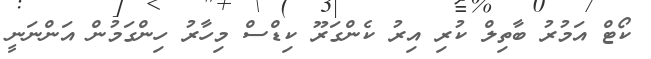
ކޯޓް އަމުރު ބާތިލް ކުރި އިރު ކެންގަރޫ ކިޑްސް މިހާރު ހިންގަމުން އަންނަނީ